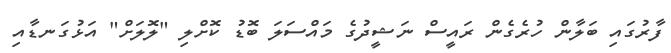
ފާރުގައި ބަލާން ހުރެގެން ރައީސް ނަޝީދުގެ މައްސަލަ ބޮޑު ކޮށްލި "ލޮލަށް" އަޅުގަނޑާއި